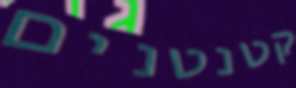
קטנטנים